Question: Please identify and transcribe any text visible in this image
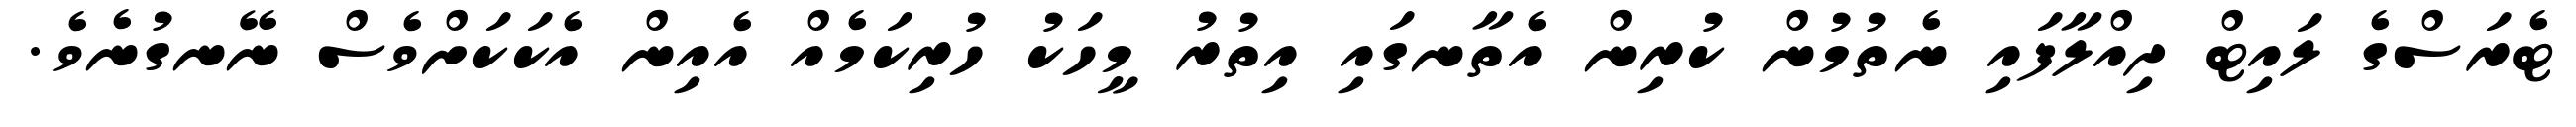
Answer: ޓެރަސްގެ ލައިޓް ދިއްލާފައި ނެތުމުން ކުރިން އެތާނގައި އިތުރު މީހަކު ހުރިކަމެއް އެއިން އެކަކަށްވެސް ނޭނގުނެވެ.